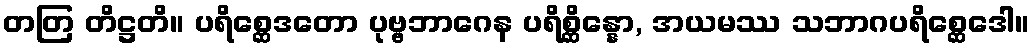
တတြ တိဋ္ဌတိ။ ပရိစ္ဆေဒတော ပုဗ္ဗဘာဂေန ပရိစ္ဆိန္နော, အယမဿ သဘာဂပရိစ္ဆေဒေါ။